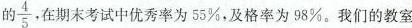
的\frac{4}{5}，在期末考试中优秀率为55%，及格率为98%。我们的教室